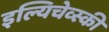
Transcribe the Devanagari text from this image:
इल्यिचेव्स्की